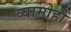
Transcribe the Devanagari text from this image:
व्यामोहों